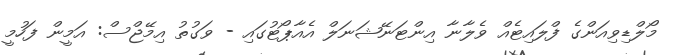
މޯލްޑިވިއަންގެ ފްލައިޓެއް ވެލާނާ އިންޓަނޭޝަނަލް އެއާޕޯޓުގައި - ވަގުތު އިމޭޖްސް: އަމީން ފަހުމީ